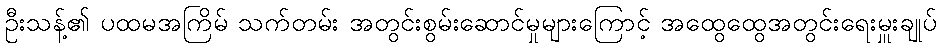
ဦးသန့်၏ ပထမအကြိမ် သက်တမ်း အတွင်းစွမ်းဆောင်မှုများကြောင့် အထွေထွေအတွင်းရေးမှူးချုပ်